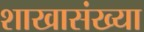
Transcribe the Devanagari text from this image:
शाखासंख्या